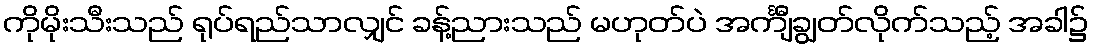
ကိုမိုးသီးသည် ရုပ်ရည်သာလျှင် ခန့်ညားသည် မဟုတ်ပဲ အင်္ကျီချွတ်လိုက်သည့် အခါ၌